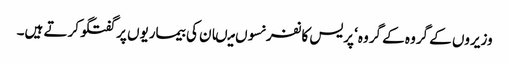
وزیروں کے گروہ کے گروہ‘ پریس کانفرنسوں میںان کی بیماریوں پر گفتگو کرتے ہیں۔